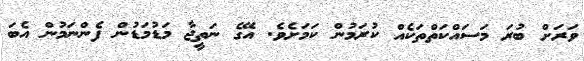
ވަރަށް ބުރަ މަސައްކަތްތަކެއް ކުރަމުން ކަމަށެވެ. އޭގެ ނަތީޖާ މަޑުމަޑުން ފެންނަމުން އެބަ